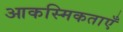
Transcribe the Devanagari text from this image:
आकस्मिकताएँ